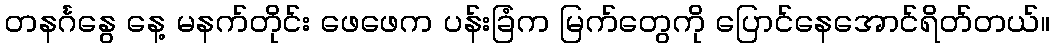
တနင်္ဂနွေ နေ့ မနက်တိုင်း ဖေဖေက ပန်းခြံက မြက်တွေကို ပြောင်နေအောင်ရိတ်တယ်။